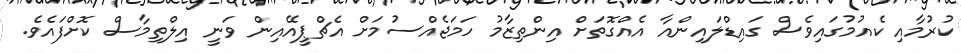
ކުރުމާއި ކެއުމުގައިވެސް ގައިޑްލައިންއާ އެއްގޮތަށް އިންތިޒާމު ހަމަޖެއްސުމަށް އެޗްޕީއޭއިން ވަނީ އިލްތިމާސް ކޮށްފައެވެ.